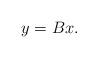
LaTeX: \begin{align*}y = B x.\end{align*}